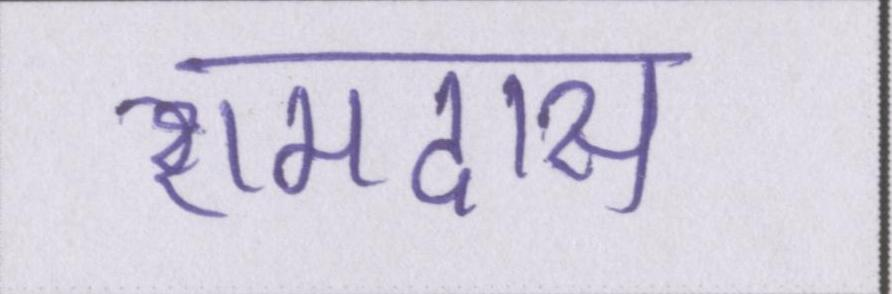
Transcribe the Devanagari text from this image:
रामदास